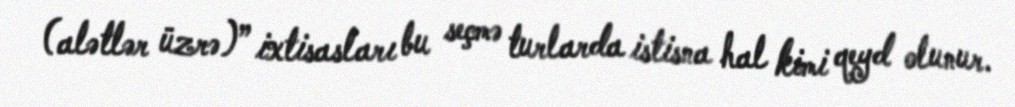
(alətlər üzrə)” ixtisasları bu seçmə turlarda istisna hal kimi qeyd olunur.